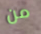
من